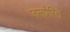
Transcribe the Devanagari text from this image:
जलप्रेरित